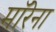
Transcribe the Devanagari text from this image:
मॉरेना